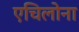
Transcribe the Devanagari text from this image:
एचिलोना